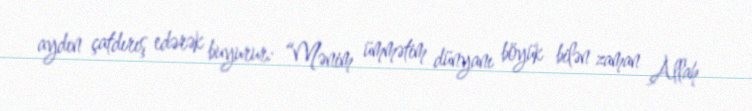
aydın çatdırış edərək buyurur: “Mənim ümmətim dünyanı böyük bilən zaman Allah